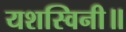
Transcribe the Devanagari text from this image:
यशस्विनी॥